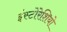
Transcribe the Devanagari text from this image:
इंस्टोरेशियो